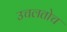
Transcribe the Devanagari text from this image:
उचलतोच